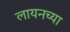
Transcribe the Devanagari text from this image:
लायनच्या